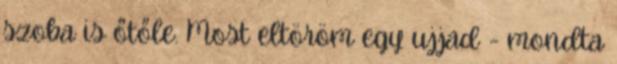
szoba is őtőle. Most eltöröm egy ujjad - mondta